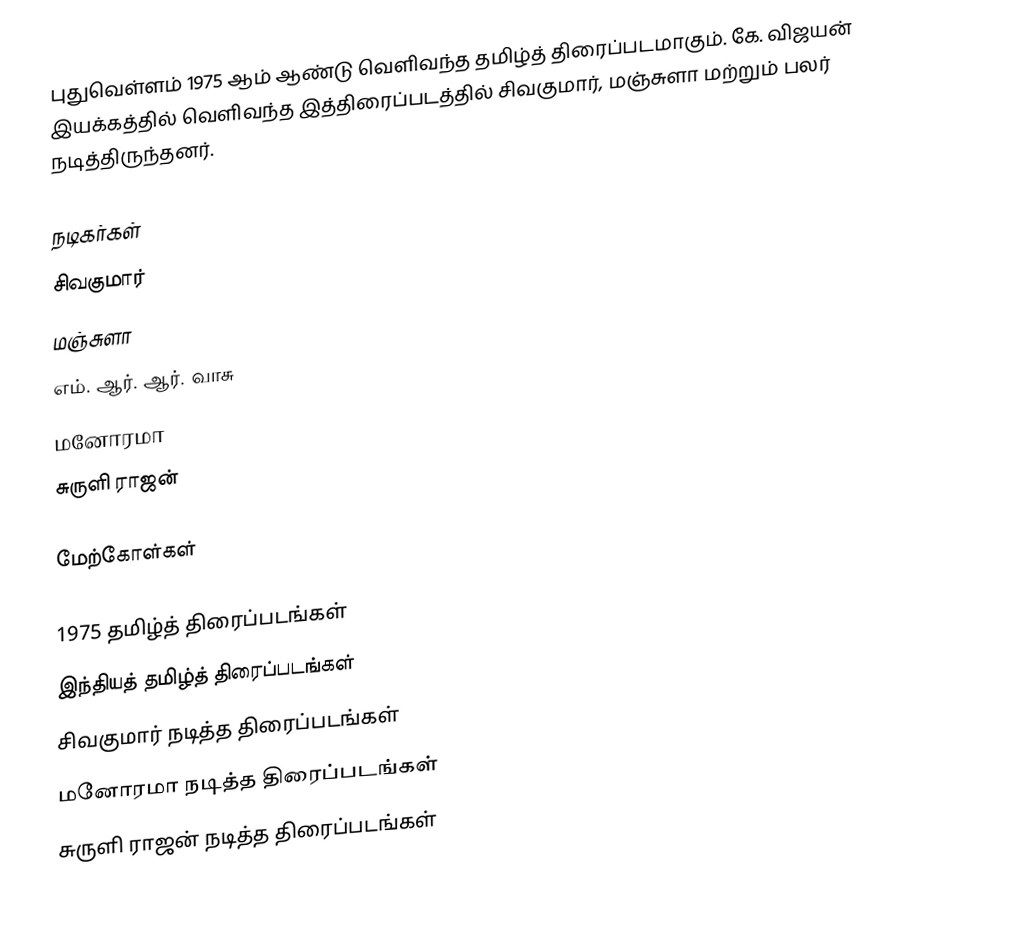
புதுவெள்ளம் 1975 ஆம் ஆண்டு வெளிவந்த தமிழ்த் திரைப்படமாகும். கே. விஜயன் இயக்கத்தில் வெளிவந்த இத்திரைப்படத்தில் சிவகுமார், மஞ்சுளா மற்றும் பலர் நடித்திருந்தனர்.

நடிகர்கள்
 சிவகுமார்
 மஞ்சுளா
 எம். ஆர். ஆர். வாசு
 மனோரமா
 சுருளி ராஜன்

மேற்கோள்கள்

1975 தமிழ்த் திரைப்படங்கள்
இந்தியத் தமிழ்த் திரைப்படங்கள்
சிவகுமார் நடித்த திரைப்படங்கள்
மனோரமா நடித்த திரைப்படங்கள்
சுருளி ராஜன் நடித்த திரைப்படங்கள்